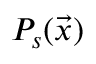
P _ { s } ( \vec { x } )